Leaving Certificate Examination, 1907
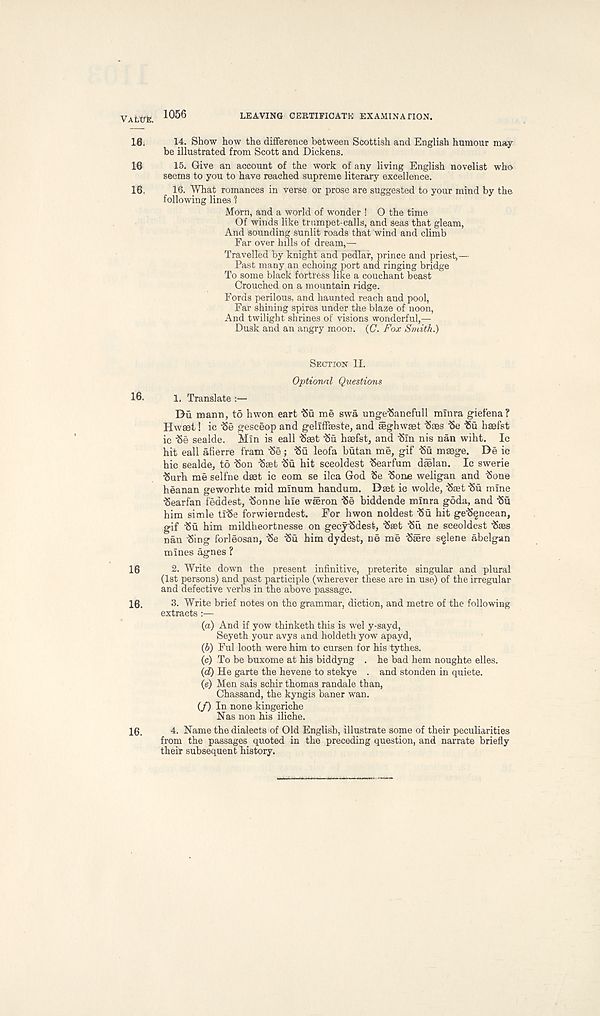
VALtrte. 1056
LEAVING CERTiriCATK EXAMINATION.
16.
14. Show how the difference between Scottish and English humour may-
be illustrated from Scott and Dickens.
16
15. Give an account of the work of any living English novelist who
seems to you to have reached supreme literary excellence.
16.
16. What romances in verse or prose are suggested to your mind by the
following lines 1
Morn, and a world of wonder ! O the time
Of winds like trumpet-calls, and seas that gleam,
And sounding sunlit roads that wind and climb
Far over hills of dream,—
Travelled by knight and pedlar, prince and priest,—
Past many an echoing port and ringing bridge
To some black fortress like a couchant beast
Crouched on a mountain ridge.
Fords perilous, and haunted reach and pool,
Far shining spires under the blaze of noon,
And twilight shrines of visions wonderful,—
Dusk and an angry moon. (C. Fox Smith.)
SECTION II.
Optional Questions
16.
1. Translate
Du mann, to hwon eart 'Su me swa unge-Sancfull mlnra giefena?
Hwaei! ic 'Se gesceop and geliffseste, and feghwget 'Saes $e $u haefst
ic 'Se sealde. Min is eall iSaet ‘Su haefst, and ‘Sin nis nan wiht. Ic
hit eall afierre fram “Se; 'Su leofa butan me, gif -Su maege. De ic
hie sealde, to ISon -Sset 'Su hit sceoldest -Searfum daelan. Ic swerie
$urh me selfne dset ic eom se ilea God Se -Sone weligan and -Sone
heanan geworhte mid mlnum handum. Daet ic wolde, 'Sast ’Su mine
•Searfan feddest, 'Sonne hie weeron Se biddende mlnra goda, and ‘Su
him simle ti'Se forwierndest. For hwon noldest ISu hit ge'Sgncean,
gif 'Su him mildheortnesse on gecy'Sdest, ftset ‘Su ne sceoldest ‘Saes
nan ‘Sing forleosan, 'Se ‘Su him dydest, ne me Siere s^lene abelgan
mines agnes ?
16
2. Write down the present infinitive, preterite singular and plural
(1st persons) and past participle (wherever these are in use) of the irregular
and defective verbs in the above passage.
16.
3. Write brief notes on the grammar, diction, and metre of the following
extracts :—
(а) And if yow thinketh this is wel y-sayd,
Seyeth your avys and holdeth yow apayd,
(б) Ful looth were him to cursen for his tythes.
(c) To be buxome at his biddyng . he bad hem noughte elles.
(d) He garte the hevene to stekye . and stonden in quiete.
(e) Men sais schir thomas randale than,
Chassand, the kyngis baner wan.
(/) In none kingeriche
Nas non his iliche.
16.
4. Name the dialects of Old English, illustrate some of their peculiarities
from the passages quoted in the preceding question, and narrate briefly
their subsequent history.